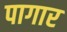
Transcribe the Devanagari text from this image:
पागार